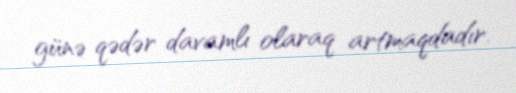
günə qədər davamlı olaraq artmaqdadır.